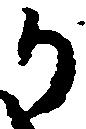
か